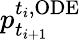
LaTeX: p_{t_{i+1}}^{t_{i},\mathrm{ODE}}